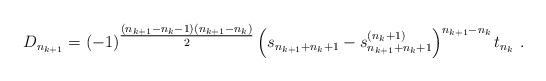
LaTeX: \begin{align*} D_{n_{k+1}} = (-1)^{{\tfrac{(n_{k+1} - n_{k}-1)(n_{k+1} - n_{k})}{2}} } \left(s_{n_{k+1} + n_{k}+1} - s_{n_{k+1} + n_{k}+1}^{(n_{k} +1)}\right)^{n_{k+1} - n_{k}} t_{n_{k}} \ .\end{align*}